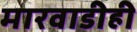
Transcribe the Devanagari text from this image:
मारवाडीही